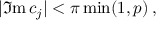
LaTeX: | \Im \mathrm { m } \, c _ { j } | < \pi \operatorname * { m i n } ( 1 , p ) \, ,